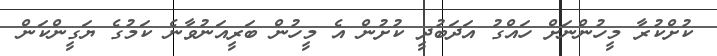
ކުށްކުރާ މީހުންނަށް ހައްގު އަދަބުދީ ކުށުން އެ މީހުން ބަރީއަނުވާނެ ކަމުގެ ޔަގީންކަން